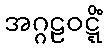
အဂ္ဂဠဝဋ္ဋိံ